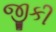
જીકી